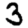
Digit: 3